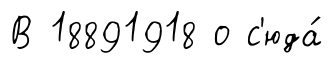
В 18891918 о с'юда́